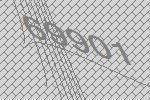
69901